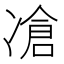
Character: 凔